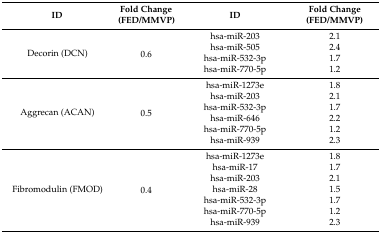
<table><thead><tr><td><b>ID</b></td><td><b>Fold Change (FED/MMVP)</b></td><td><b>ID</b></td><td><b>Fold Change (FED/MMVP)</b></td></tr></thead><tbody><tr><td rowspan="4">Decorin (DCN)</td><td rowspan="4">0.6</td><td>hsa-miR-203</td><td>2.1</td></tr><tr><td>hsa-miR-505</td><td>2.4</td></tr><tr><td>hsa-miR-532-3p</td><td>1.7</td></tr><tr><td>hsa-miR-770-5p</td><td>1.2</td></tr><tr><td rowspan="6">Aggrecan (ACAN)</td><td rowspan="6">0.5</td><td>hsa-miR-1273e</td><td>1.8</td></tr><tr><td>hsa-miR-203</td><td>2.1</td></tr><tr><td>hsa-miR-532-3p</td><td>1.7</td></tr><tr><td>hsa-miR-646</td><td>2.2</td></tr><tr><td>hsa-miR-770-5p</td><td>1.2</td></tr><tr><td>hsa-miR-939</td><td>2.3</td></tr><tr><td rowspan="7">Fibromodulin (FMOD)</td><td rowspan="7">0.4</td><td>hsa-miR-1273e</td><td>1.8</td></tr><tr><td>hsa-miR-17</td><td>1.7</td></tr><tr><td>hsa-miR-203</td><td>2.1</td></tr><tr><td>hsa-miR-28</td><td>1.5</td></tr><tr><td>hsa-miR-532-3p</td><td>1.7</td></tr><tr><td>hsa-miR-770-5p</td><td>1.2</td></tr><tr><td>hsa-miR-939</td><td>2.3</td></tr></tbody></table>